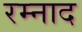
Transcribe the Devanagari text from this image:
रम्नाद